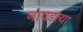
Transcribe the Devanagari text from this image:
नावडत्या